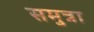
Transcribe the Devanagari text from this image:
समुत्रा